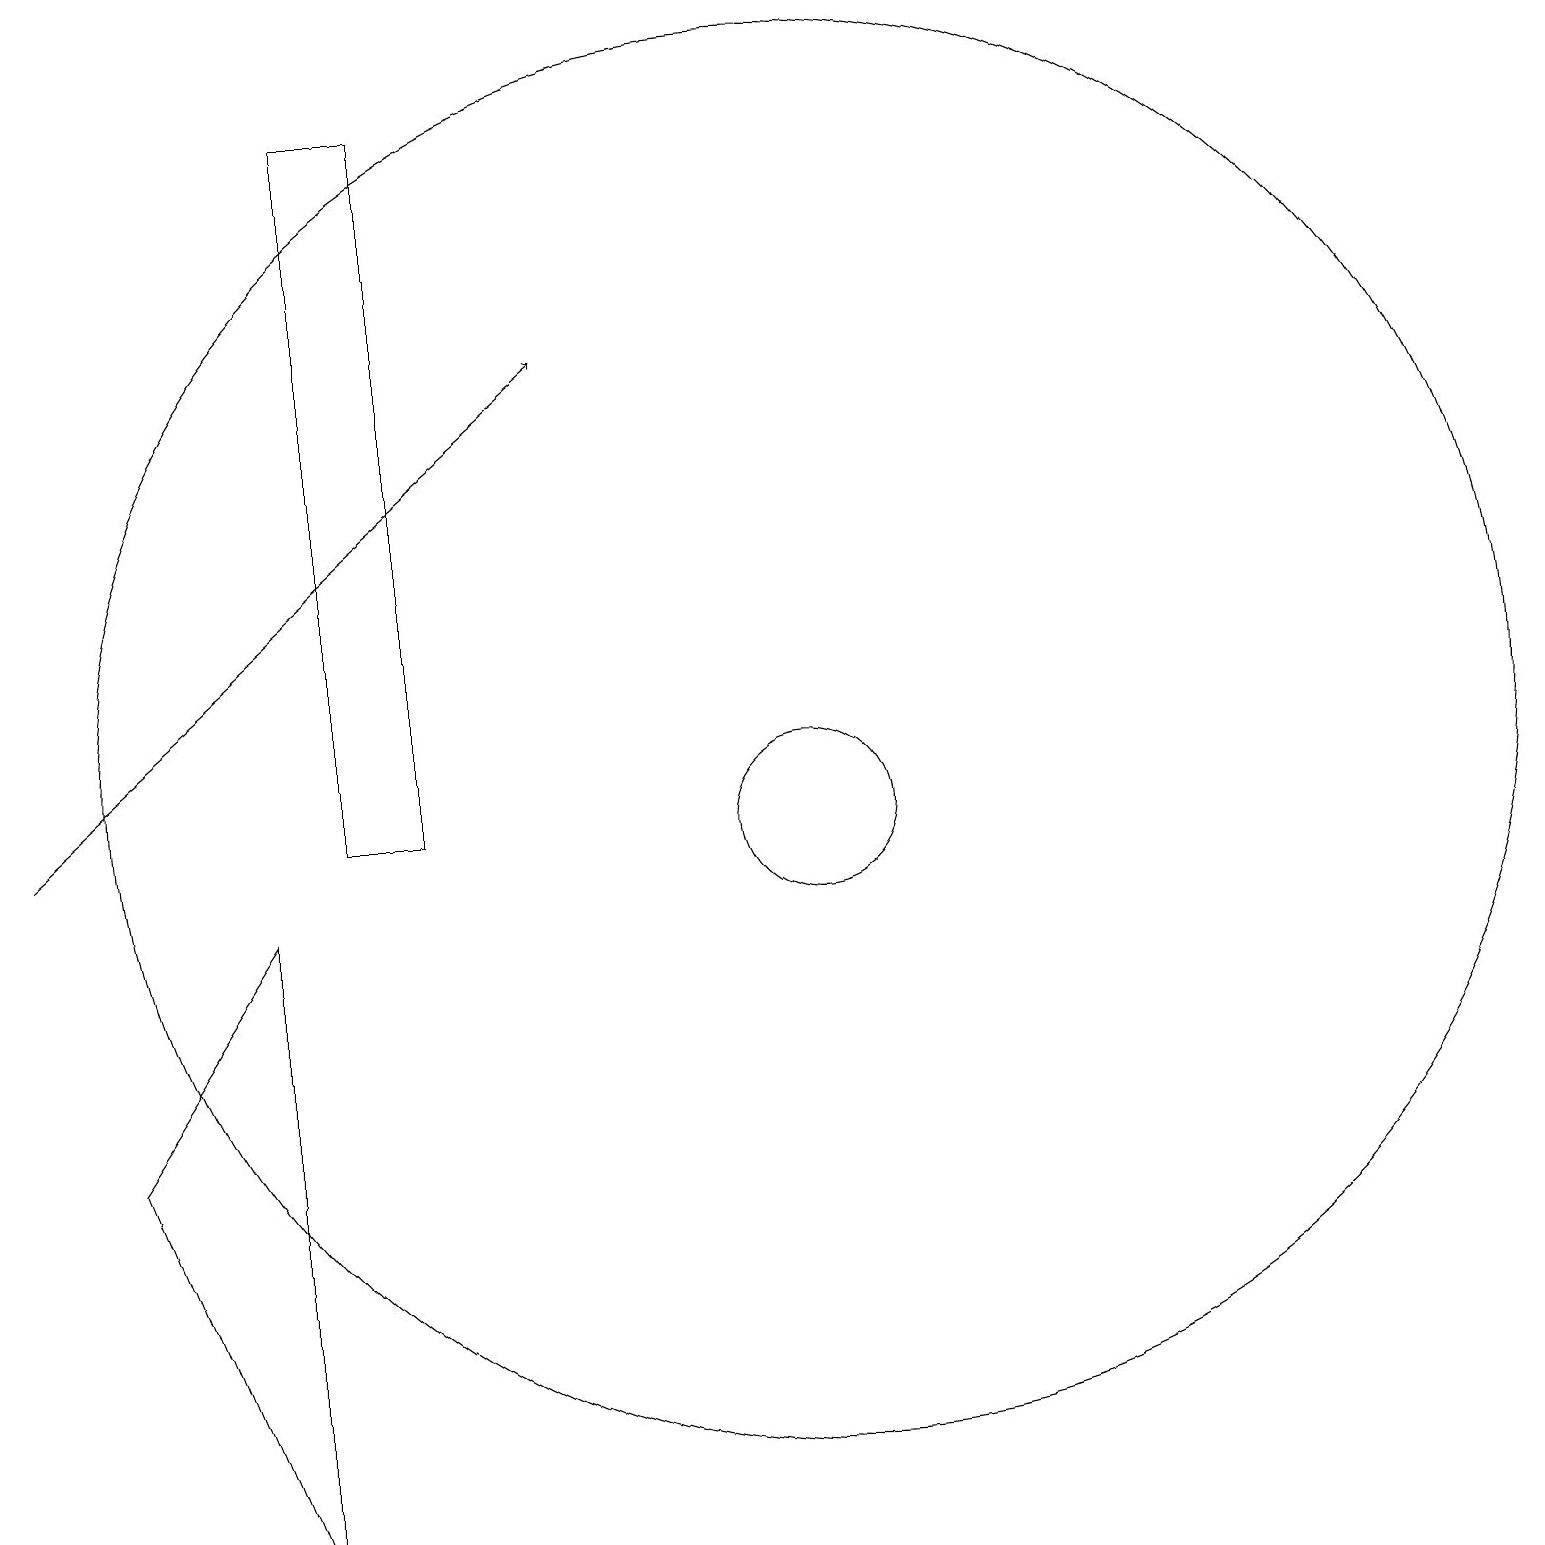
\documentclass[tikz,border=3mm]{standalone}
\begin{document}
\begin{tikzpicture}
\draw[->] (0,10) -- (7,16);
\draw (1,6) -- (3,9) -- (3,1) -- cycle;
\draw (10,10) circle (1);
\draw (10,11) circle (9);
\draw (4,19) rectangle (5,10);
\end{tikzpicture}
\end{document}